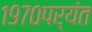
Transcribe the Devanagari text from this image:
१९७०पर्यंत